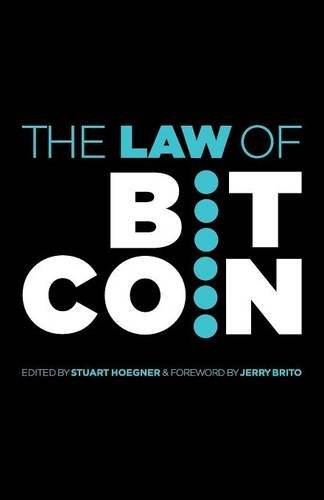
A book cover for The Law of Bitcoin; Jerry Brito Et Al.; Law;